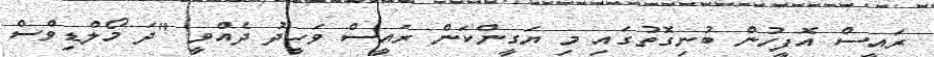
ރައީސް އޮފީހުން ބުނިގޮތުގައި މި ޔަގީންކަން ރައީސް ވަހީދު ދެއްވީ "ދަ މޯލްޑިވްސް